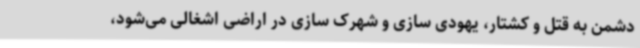
دشمن به قتل و کشتار، یهودی سازی و شهرک سازی در اراضی اشغالی می‌شود،